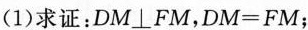
(1)求证：DM⊥FM，$$ D M = F M$$ ；